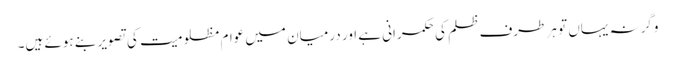
وگرنہ یہاں تو ہر طرف ظلم کی حکمرانی ہے اور درمیان میں عوام مظلومیت کی تصویر بنے ہوئے ہیں۔